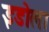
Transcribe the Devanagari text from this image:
इडोला